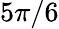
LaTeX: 5\pi/6